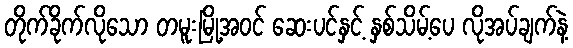
တိုက်ခိုက်လိုသော တမူးမြို့အဝင် ဆေးပင်နှင့် နှစ်သိမ့်ပေ လိုအပ်ချက်နဲ့